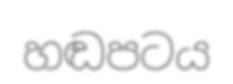
හඬපටය